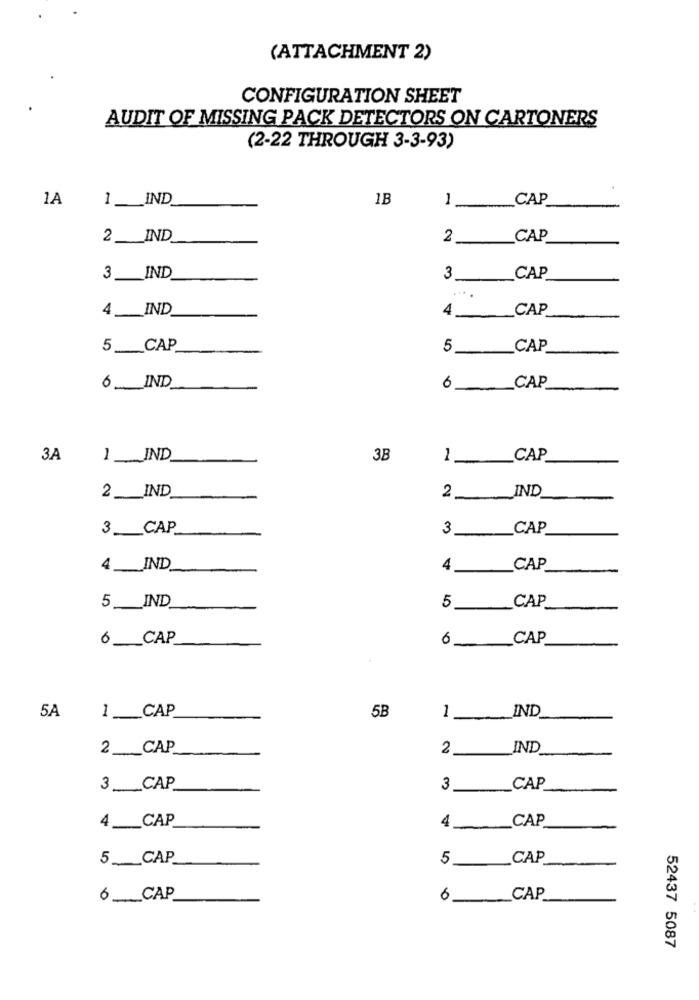
(ATTACHMENT 2)
CONFIGURATION SHEET
AUDIT OF MISSING PACK DETECTORS ON CARTONERS
(2-22 THROUGH 3-3-93)
1A
1 ___ IND.
1B
1
CAP
2 _IND
2
CAP
3 __ IND
3
CAP
4 ____ IND
CAP
4
5 ____ CAP.
5
CAP
6 ___ IND.
6 CAP
3.A
1 IND
3B
CAP
IND
2 ___ IND
2
3_CAP
CAP
3
4 ___ IND.
4
CAP
5
CAP
5 __ IND
6_CAP
0
6
CAP
5A
1 __ CAP
5B
IND
1
2 _CAP
2
IND
3 __ CAP
CAP
4 __ CAP
CAP
4
5 ___ CAP
CAP
6_ CAP
6_ CAP
52437 5087